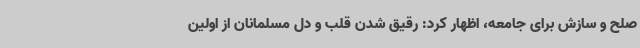
صلح و سازش برای جامعه، اظهار کرد: رقیق شدن قلب و دل مسلمانان از اولین